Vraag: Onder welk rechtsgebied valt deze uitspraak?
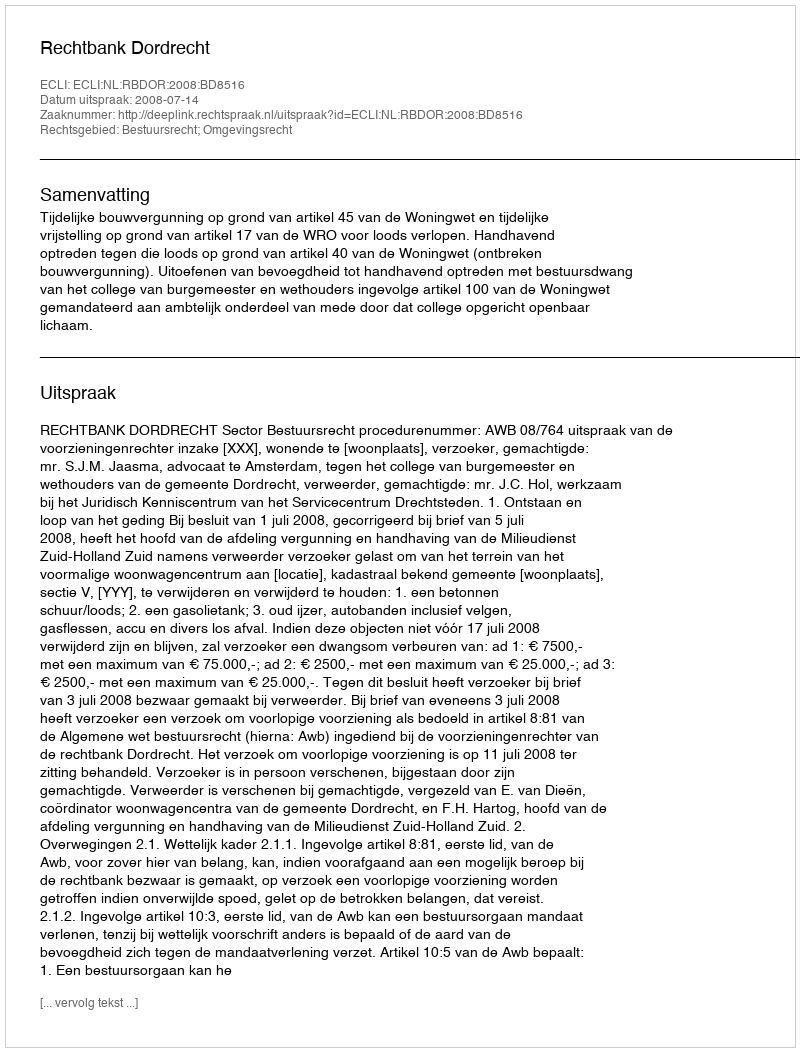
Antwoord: Bestuursrecht; Omgevingsrecht